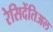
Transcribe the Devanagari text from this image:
रेसिदेंतिअल